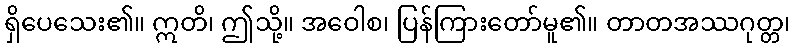
ရှိပေသေး၏။ ဣတိ၊ ဤသို့။ အဝေါစ၊ ပြန်ကြားတော်မူ၏။ တာတအဿဂုတ္တ၊